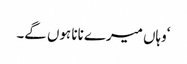
‘وہاں میرے نانا ہوں گے۔